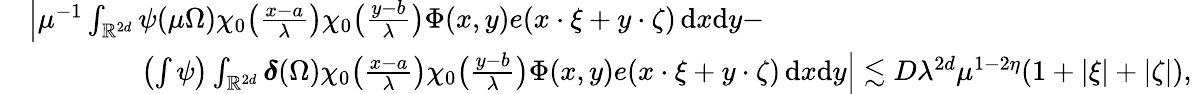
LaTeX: \begin{array}{rl}&{\left|\mu^{-1}\int_{\mathbb R^{2d}}\psi(\mu\Omega)\chi_{0}\big(\frac{x-a}{\lambda}\big)\chi_{0}\big(\frac{y-b}{\lambda}\big)\Phi(x,y)e(x\cdot\xi+y\cdot\zeta)\, \mathrm{d}x\mathrm{d}y-\right.}\\ &{\qquad\qquad\left.\left(\int\psi\right)\int_{\mathbb R^{2d}}\boldsymbol{\delta}(\Omega)\chi_{0}\big(\frac{x-a}{\lambda}\big)\chi_{0}\big(\frac{y-b}{\lambda}\big)\Phi(x,y)e(x\cdot\xi+y\cdot\zeta)\, \mathrm{d}x\mathrm{d}y\right|\lesssim D\lambda^{2d}\mu^{1-2\eta}(1+|\xi|+|\zeta|),}\end{array}